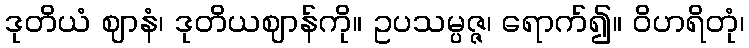
ဒုတိယံ ဈာနံ၊ ဒုတိယဈာန်ကို။ ဥပသမ္ပဇ္ဇ၊ ရောက်၍။ ဝိဟရိတုံ၊